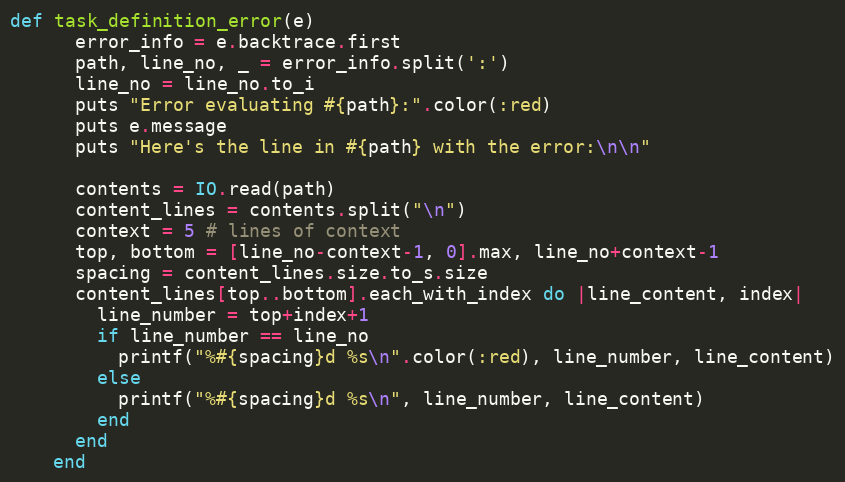
Language: Ruby
def task_definition_error(e)
      error_info = e.backtrace.first
      path, line_no, _ = error_info.split(':')
      line_no = line_no.to_i
      puts "Error evaluating #{path}:".color(:red)
      puts e.message
      puts "Here's the line in #{path} with the error:\n\n"

      contents = IO.read(path)
      content_lines = contents.split("\n")
      context = 5 # lines of context
      top, bottom = [line_no-context-1, 0].max, line_no+context-1
      spacing = content_lines.size.to_s.size
      content_lines[top..bottom].each_with_index do |line_content, index|
        line_number = top+index+1
        if line_number == line_no
          printf("%#{spacing}d %s\n".color(:red), line_number, line_content)
        else
          printf("%#{spacing}d %s\n", line_number, line_content)
        end
      end
    end